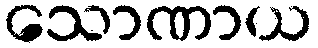
သောဏာယ